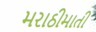
મરાઠીમાતી